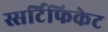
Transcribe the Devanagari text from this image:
स्सर्टिफिकेट